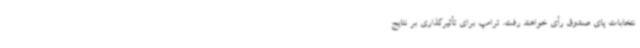
نتخابات ‌پای صندوق رأی خواهند رفت. ترامپ برای تأثیرگذاری بر نتایج